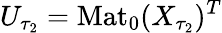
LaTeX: U_{\tau_{2}}=\mathrm{Mat}_{0}(X_{\tau_{2}})^{T}